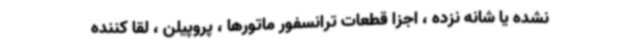
نشده یا شانه نزده ، اجزا قطعات ترانسفور ماتورها ، پروپیلن ، لقا کننده